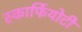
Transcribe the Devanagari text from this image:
स्कार्फियोटी